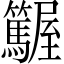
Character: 𡳽